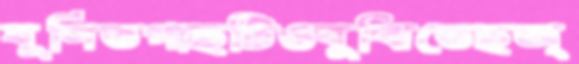
ঘূর্ণিতগাছটিওবুঝিতেছঅ্